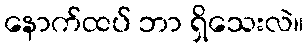
နောက်ထပ် ဘာ ရှိသေးလဲ။